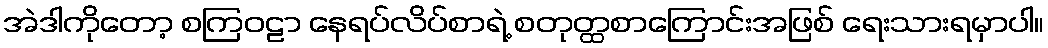
အဲဒါကိုတော့ စကြဝဠာ နေရပ်လိပ်စာရဲ့ စတုတ္ထစာကြောင်းအဖြစ် ရေးသားရမှာပါ။